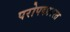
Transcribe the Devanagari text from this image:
परोपकाररत